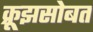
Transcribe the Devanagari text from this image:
क्रूझसोबत